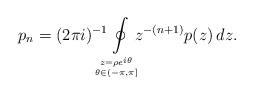
LaTeX: \begin{align*}p_n=(2\pi i)^{-1}\!\!\!\!\!\oint\limits_{z=\rho e^{i\theta}\atop \theta\in (-\pi,\pi]}\!\!\!\!z^{-(n+1)}p(z)\,dz.\end{align*}